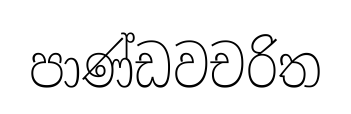
පාණ්ඩවචරිත